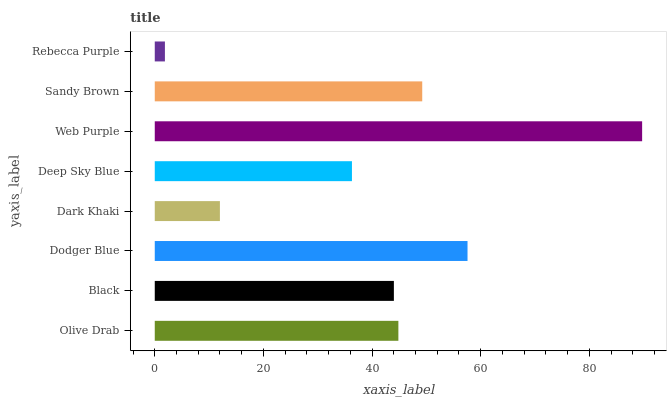
| yaxis_label | bars |
 | --- | --- |
 | Olive Drab | 44.9 |
 | Black | 44 |
 | Dodger Blue | 57.6 |
 | Dark Khaki | 12 |
 | Deep Sky Blue | 36.3 |
 | Web Purple | 89.7 |
 | Sandy Brown | 49.2 |
 | Rebecca Purple | 1.87 |